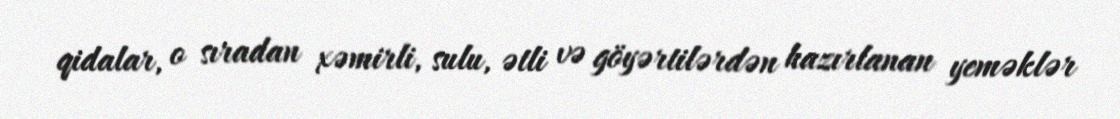
qidalar, o sıradan xəmirli, sulu, ətli və göyərtilərdən hazırlanan yeməklər